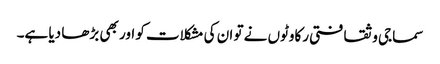
سماجی و ثقافتی رکاوٹوں نے تو ان کی مشکلات کو اور بھی بڑھا دیا ہے۔